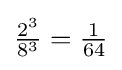
{\tfrac {2^{3}}{8^{3}}}={\tfrac {1}{64}}